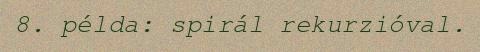
8. példa: spirál rekurzióval.